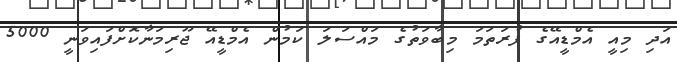
އަދި މިއީ އެމްޑީއޭގެ ފުރަތަމަ މިބާވަތުގެ މައްސަލަ ކަމުން އެމްޑީއޭ ޖޫރިމަނާކޮށްފައިވަނީ 5000